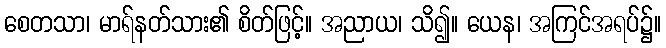
စေတသာ၊ မာရ်နတ်သား၏ စိတ်ဖြင့်။ အညာယ၊ သိ၍။ ယေန၊ အကြင်အရပ်၌။